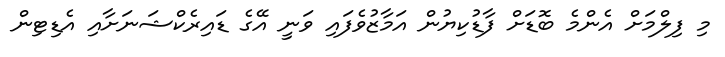
މި ފިލްމަށް އެންމެ ބޮޑަށް ފާޑުކިޔުން އަމާޒުވެފައި ވަނީ އޭގެ ޑައިރެކްޝަނަށާއި އެޑިޓިން